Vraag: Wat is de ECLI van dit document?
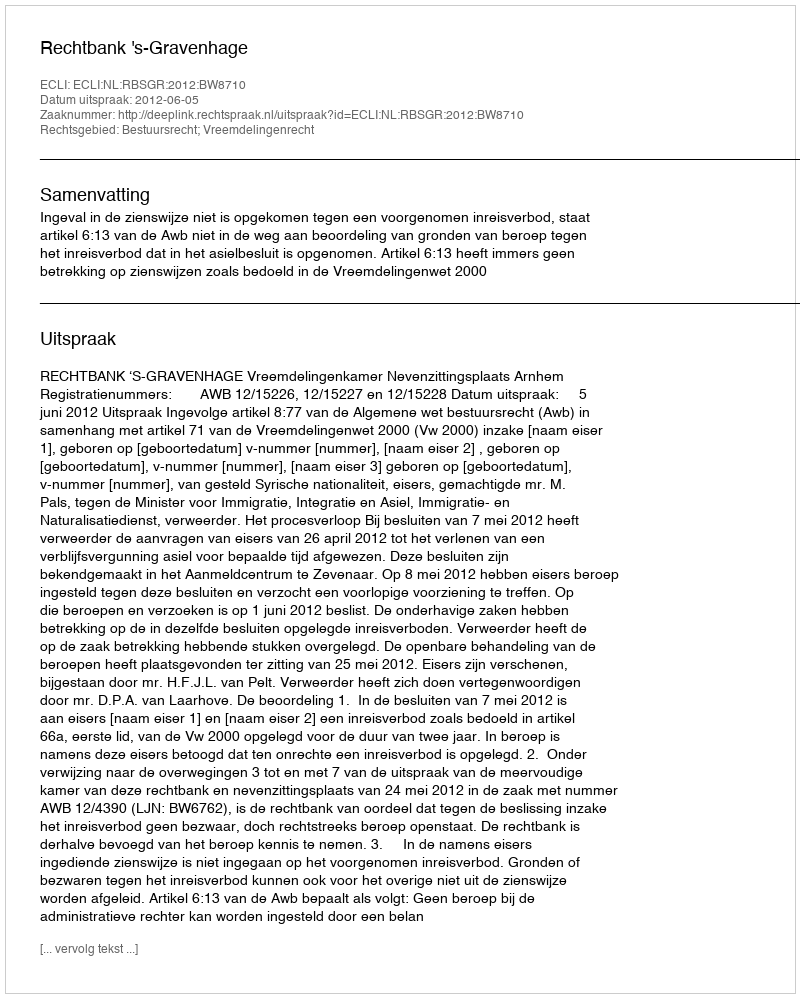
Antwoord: ECLI:NL:RBSGR:2012:BW8710